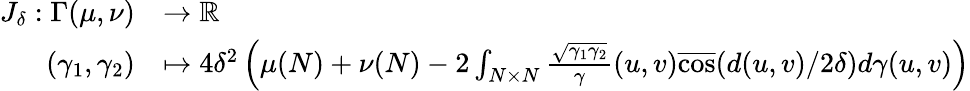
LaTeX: \begin{array}{rl}{J_{\delta}:\Gamma(\mu,\nu)}&{\to\mathbb{R}}\\ {(\gamma_{1},\gamma_{2})}&{\mapsto 4\delta^{2}\left(\mu(N)+\nu(N)-2\int_{N\times N}\frac{\sqrt{\gamma_{1}\gamma_{2}}}{\gamma}(u,v)\overline{{\cos}}(d(u,v)/2\delta)d\gamma(u,v)\right)}\end{array}